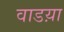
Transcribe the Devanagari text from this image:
वाडय़ा